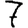
Digit: 7